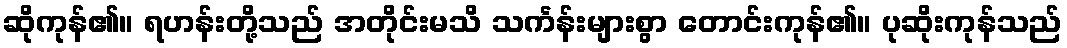
ဆိုကုန်၏။ ရဟန်းတို့သည် အတိုင်းမသိ သင်္ကန်းများစွာ တောင်းကုန်၏။ ပုဆိုးကုန်သည်